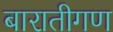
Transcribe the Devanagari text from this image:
बारातीगण